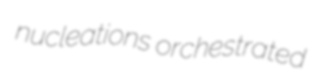
nucleations orchestrated